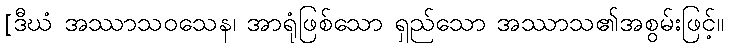
[ဒီဃံ အဿာသဝသေန၊ အာရုံဖြစ်သော ရှည်သော အဿာသ၏အစွမ်းဖြင့်။